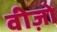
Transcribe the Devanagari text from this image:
वीज़ो